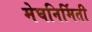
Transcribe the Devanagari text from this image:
मेघनिर्मिती